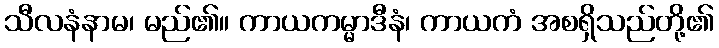
သီလနံနာမ၊ မည်၏။ ကာယကမ္မာဒီနံ၊ ကာယကံ အစရှိသည်တို့၏